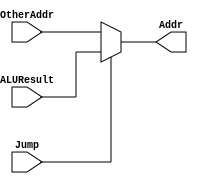
module MuxJump(
	input Jump,
	input [31:0] ALUResult,
	input [31:0] OtherAddr,
	output [31:0] Addr);

	assign Addr = (Jump) ? ALUResult:OtherAddr;
endmodule